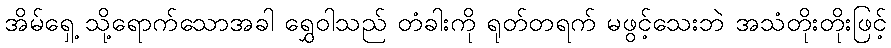
အိမ်ရှေ့ သို့ရောက်သောအခါ ရွှေဝါသည် တံခါးကို ရုတ်တရက် မဖွင့်သေးဘဲ အသံတိုးတိုးဖြင့်